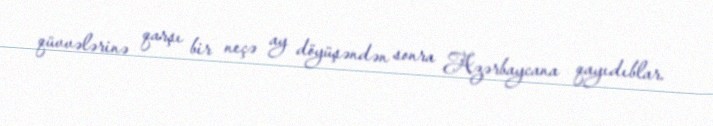
qüvvələrinə qarşı bir neçə ay döyüşəndən sonra Azərbaycana qayıdıblar.